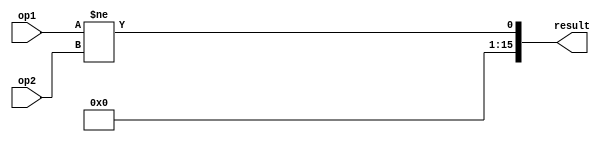
module isNotEqual_16bit(
    op1,
    op2,
    result 
);

input[15:0] op1, op2;
output[15:0] result;

assign result[0] = op1 != op2;
assign result[15:1] = {15{1'b0}};
endmodule // isNotEqual_16bit